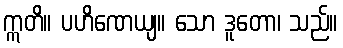
ဣတိ။ ပဟိဏေယျ။ သော ဒူတော၊ သည်။